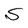
Character: S